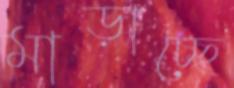
মাড়াচ্ছে